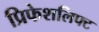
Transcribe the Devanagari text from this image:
प्रिफेशलिफ्ट